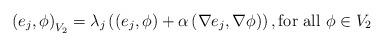
LaTeX: \begin{align*}\left(e_j,\phi\right)_{V_2}=\lambda_j\left(\left( e_j,\phi\right)+\alpha\left(\nabla e_j,\nabla\phi\right)\right),\mbox{for all} \ \phi\in V_2\end{align*}